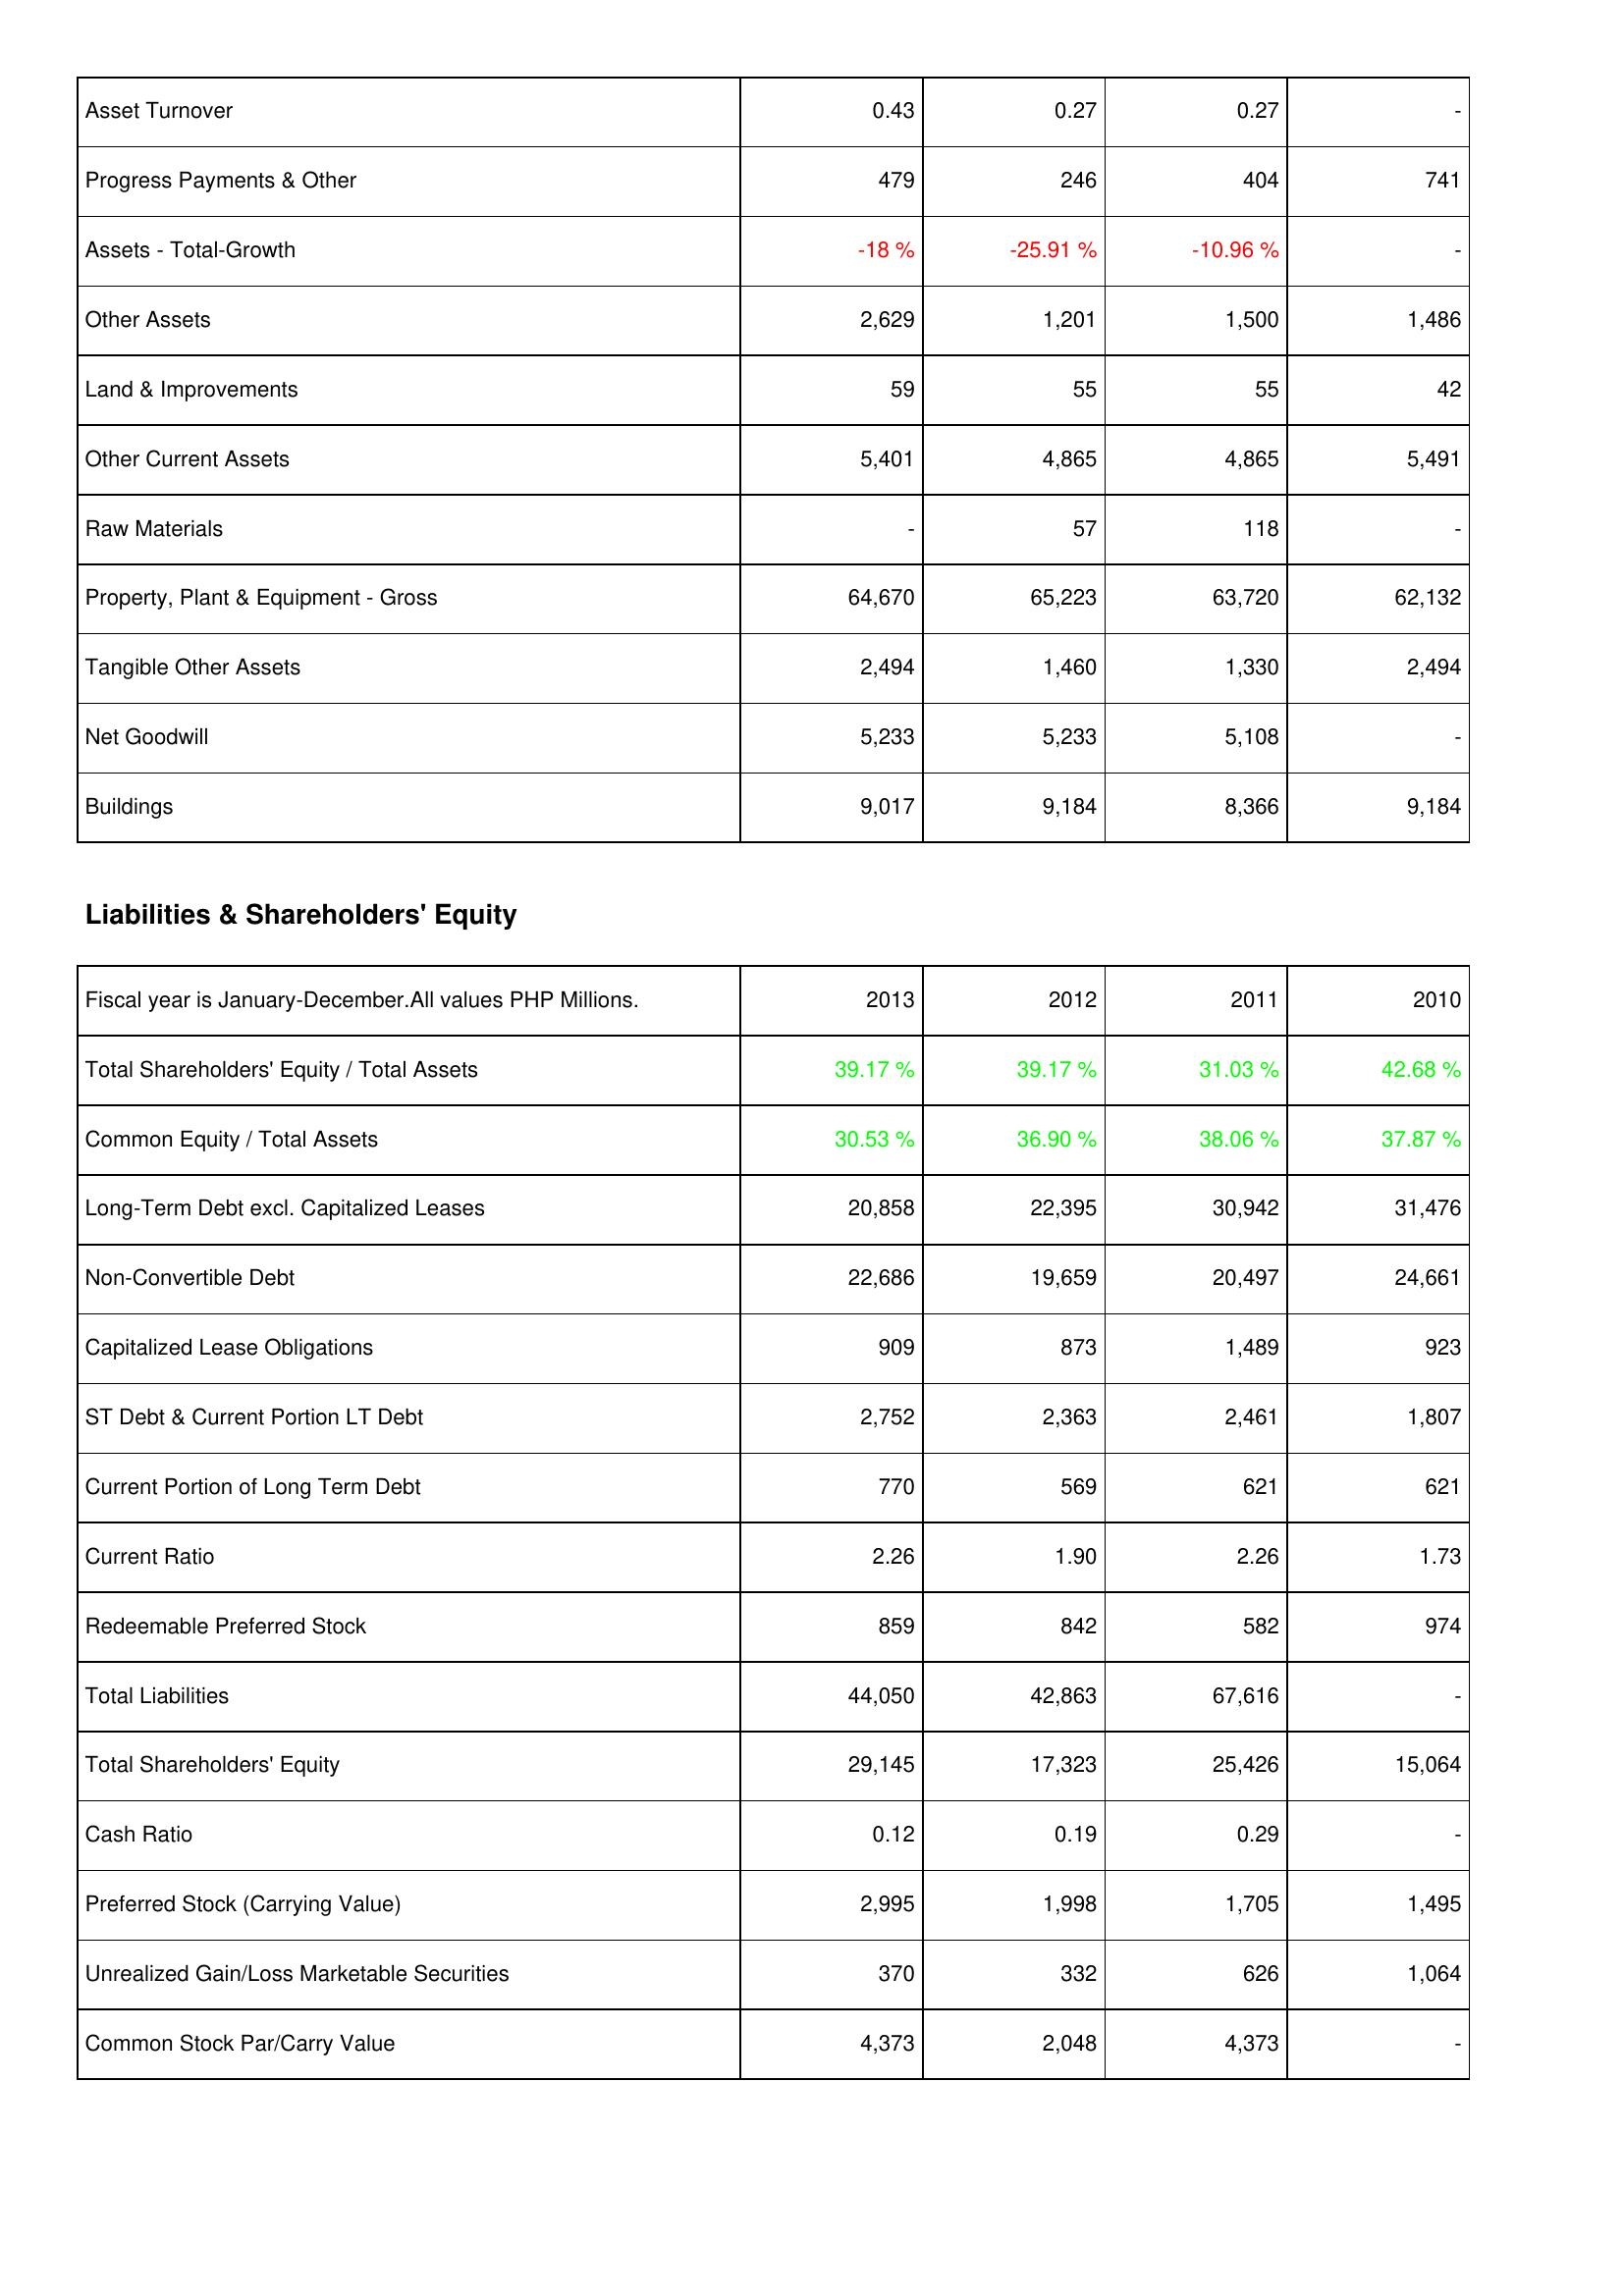
2013: Assets: Asset Turnover: 0.43
Progress Payments & Other: 479
Assets - Total-Growth: -18 %
Other Assets: 2,629
Land & Improvements: 59
Other Current Assets: 5,401
Raw Materials: -
Property, Plant & Equipment - Gross: 64,670
Tangible Other Assets: 2,494
Net Goodwill: 5,233
Buildings: 9,017
Liabilities & Shareholders' Equity: Total Shareholders' Equity / Total Assets: 39.17 %
Common Equity / Total Assets: 30.53 %
Long-Term Debt excl. Capitalized Leases: 20,858
Non-Convertible Debt: 22,686
Capitalized Lease Obligations: 909
ST Debt & Current Portion LT Debt: 2,752
Current Portion of Long Term Debt: 770
Current Ratio: 2.26
Redeemable Preferred Stock: 859
Total Liabilities: 44,050
Total Shareholders' Equity: 29,145
Cash Ratio: 0.12
Preferred Stock (Carrying Value): 2,995
Unrealized Gain/Loss Marketable Securities: 370
Common Stock Par/Carry Value: 4,373
2012: Assets: Asset Turnover: 0.27
Progress Payments & Other: 246
Assets - Total-Growth: -25.91 %
Other Assets: 1,201
Land & Improvements: 55
Other Current Assets: 4,865
Raw Materials: 57
Property, Plant & Equipment - Gross: 65,223
Tangible Other Assets: 1,460
Net Goodwill: 5,233
Buildings: 9,184
Liabilities & Shareholders' Equity: Total Shareholders' Equity / Total Assets: 39.17 %
Common Equity / Total Assets: 36.90 %
Long-Term Debt excl. Capitalized Leases: 22,395
Non-Convertible Debt: 19,659
Capitalized Lease Obligations: 873
ST Debt & Current Portion LT Debt: 2,363
Current Portion of Long Term Debt: 569
Current Ratio: 1.90
Redeemable Preferred Stock: 842
Total Liabilities: 42,863
Total Shareholders' Equity: 17,323
Cash Ratio: 0.19
Preferred Stock (Carrying Value): 1,998
Unrealized Gain/Loss Marketable Securities: 332
Common Stock Par/Carry Value: 2,048
2011: Assets: Asset Turnover: 0.27
Progress Payments & Other: 404
Assets - Total-Growth: -10.96 %
Other Assets: 1,500
Land & Improvements: 55
Other Current Assets: 4,865
Raw Materials: 118
Property, Plant & Equipment - Gross: 63,720
Tangible Other Assets: 1,330
Net Goodwill: 5,108
Buildings: 8,366
Liabilities & Shareholders' Equity: Total Shareholders' Equity / Total Assets: 31.03 %
Common Equity / Total Assets: 38.06 %
Long-Term Debt excl. Capitalized Leases: 30,942
Non-Convertible Debt: 20,497
Capitalized Lease Obligations: 1,489
ST Debt & Current Portion LT Debt: 2,461
Current Portion of Long Term Debt: 621
Current Ratio: 2.26
Redeemable Preferred Stock: 582
Total Liabilities: 67,616
Total Shareholders' Equity: 25,426
Cash Ratio: 0.29
Preferred Stock (Carrying Value): 1,705
Unrealized Gain/Loss Marketable Securities: 626
Common Stock Par/Carry Value: 4,373
2010: Assets: Asset Turnover: -
Progress Payments & Other: 741
Assets - Total-Growth: -
Other Assets: 1,486
Land & Improvements: 42
Other Current Assets: 5,491
Raw Materials: -
Property, Plant & Equipment - Gross: 62,132
Tangible Other Assets: 2,494
Net Goodwill: -
Buildings: 9,184
Liabilities & Shareholders' Equity: Total Shareholders' Equity / Total Assets: 42.68 %
Common Equity / Total Assets: 37.87 %
Long-Term Debt excl. Capitalized Leases: 31,476
Non-Convertible Debt: 24,661
Capitalized Lease Obligations: 923
ST Debt & Current Portion LT Debt: 1,807
Current Portion of Long Term Debt: 621
Current Ratio: 1.73
Redeemable Preferred Stock: 974
Total Liabilities: -
Total Shareholders' Equity: 15,064
Cash Ratio: -
Preferred Stock (Carrying Value): 1,495
Unrealized Gain/Loss Marketable Securities: 1,064
Common Stock Par/Carry Value: -